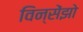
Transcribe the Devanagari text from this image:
विन्सेंझो